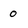
Character: 0